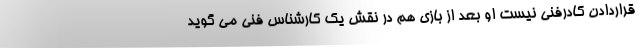
قراردادن کادرفنی نیست او بعد از بازی هم در نقش یک کارشناس فنی می گوید